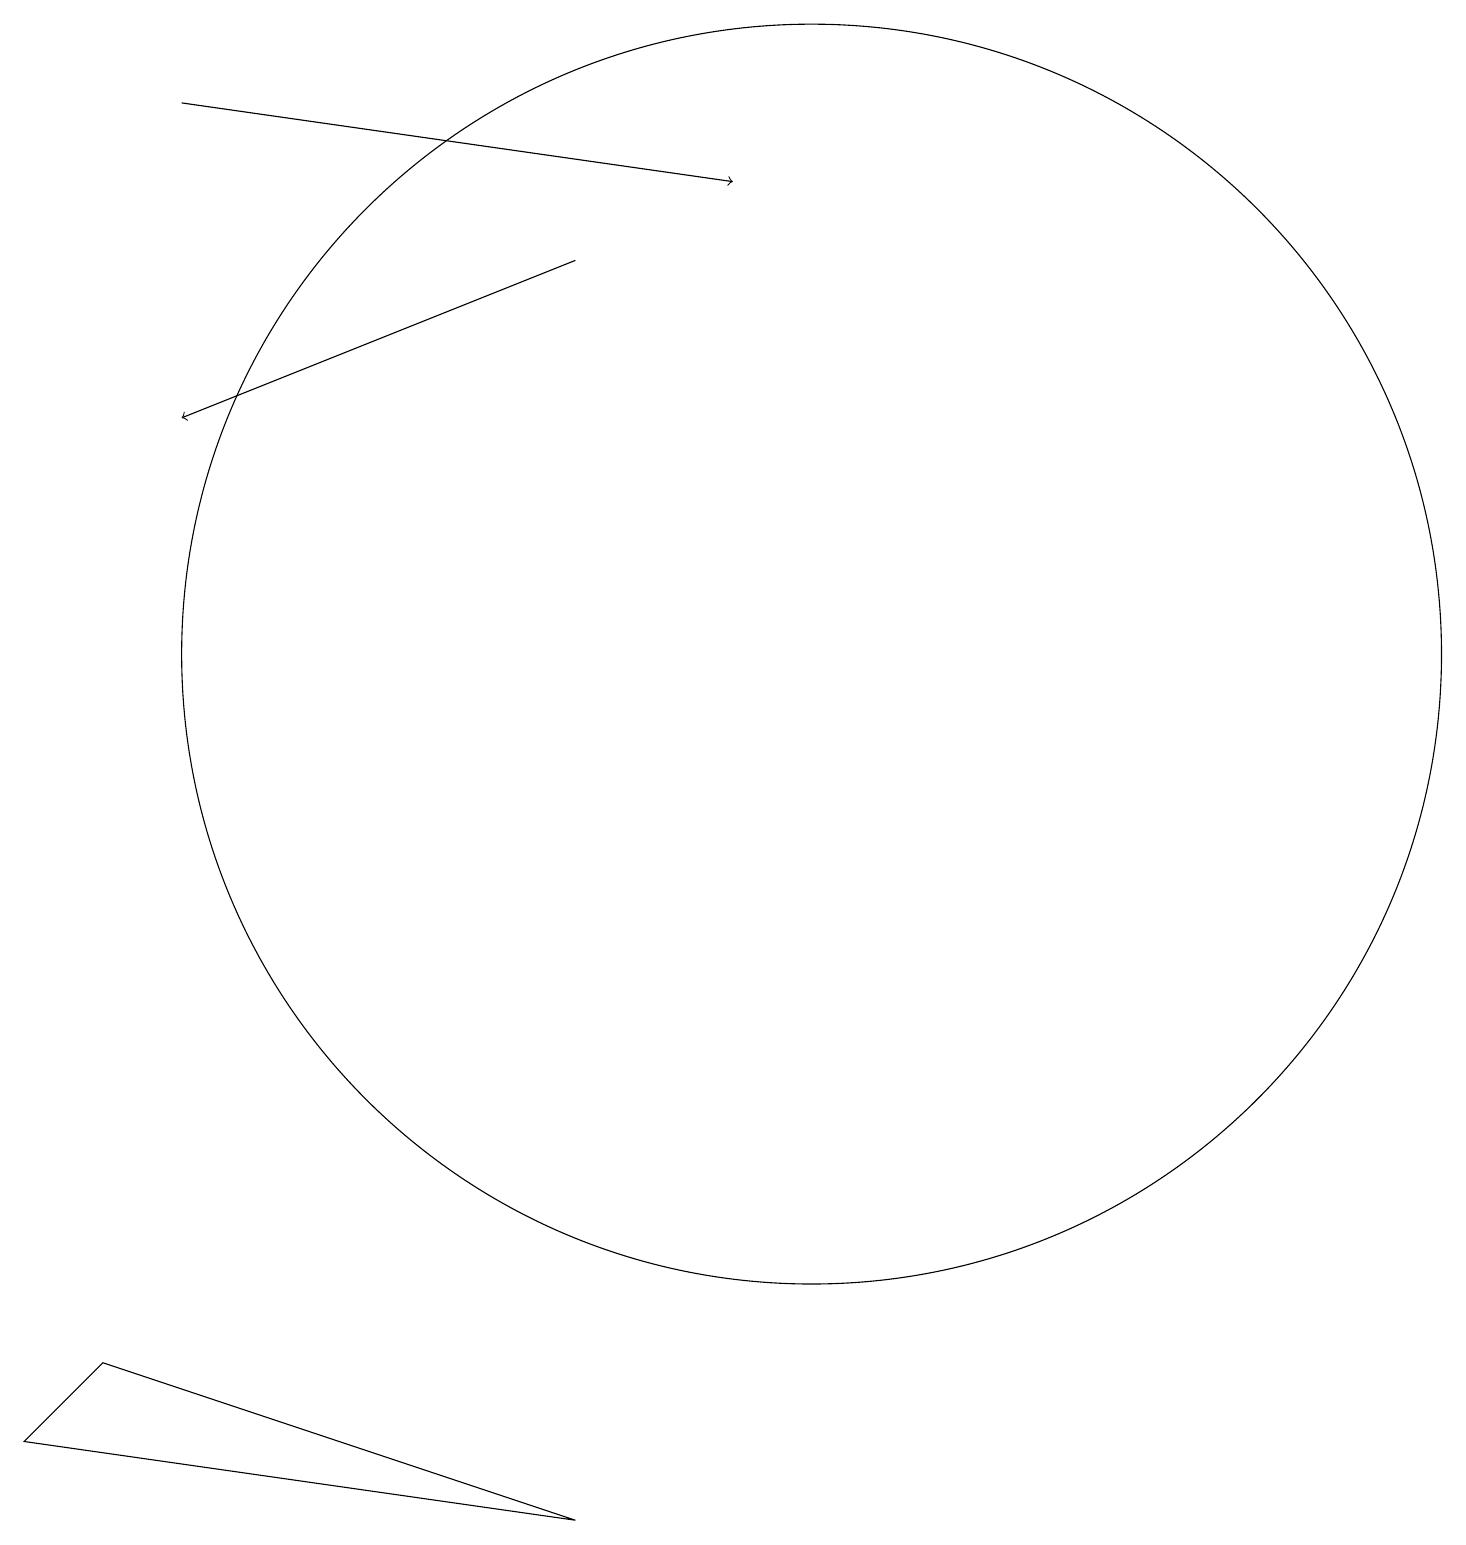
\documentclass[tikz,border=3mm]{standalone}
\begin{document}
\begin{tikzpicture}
\draw (11,11) circle (0);
\draw[->] (7,16) -- (2,14);
\draw (0,1) -- (1,2) -- (7,0) -- cycle;
\draw[->] (2,18) -- (9,17);
\draw (10,11) circle (8);
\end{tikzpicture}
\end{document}